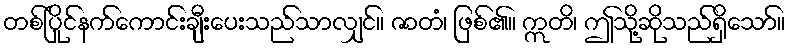
တစ်ပြိုင်နက်ကောင်းချီးပေးသည်သာလျှင်။ ဇာတံ၊ ဖြစ်၏။ ဣတိ၊ ဤသို့ဆိုသည်ရှိသော်။